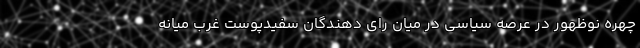
چهره نوظهور در عرصه سیاسی در میان رای دهندگان سفیدپوست غرب میانه